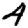
Digit: 4